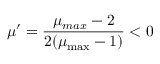
\mu ^ { \prime } = \frac { \mu _ { m a x } - 2 } { 2 ( \mu _ { \operatorname* { m a x } } - 1 ) } < 0